Malaria in the Punjab - Number 46
Disease focus: Malaria
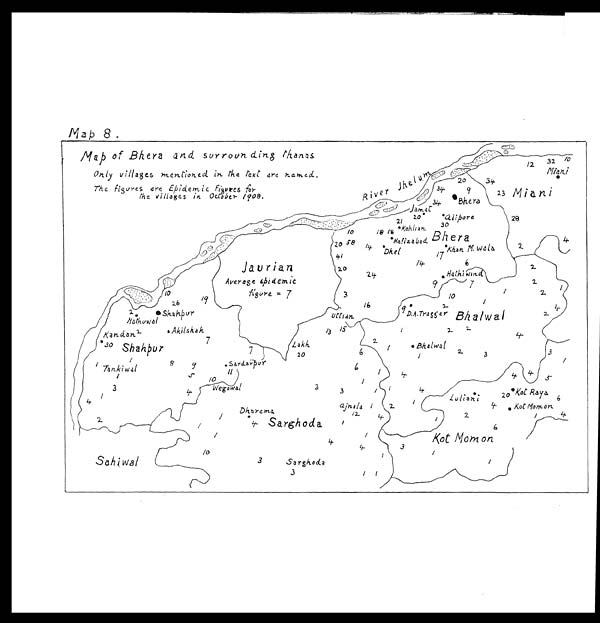
Map 8.
Map of Bhera and surroundins Thans
Only villages mentioned in the text are named.
T h e f
i g u r e s a r e E p i
d e m i c f i g u r e s
t h e
v i l l a g e s i n O c t o b e r 1 9 0 8 .